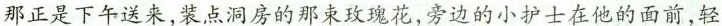
那正是下午送来,装点洞房的那束玫瑰花,旁边的小护士在他的面前,轻